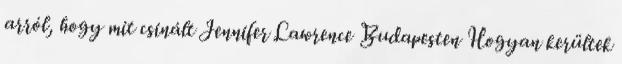
arról, hogy mit csinált Jennifer Lawrence Budapesten Hogyan kerültek